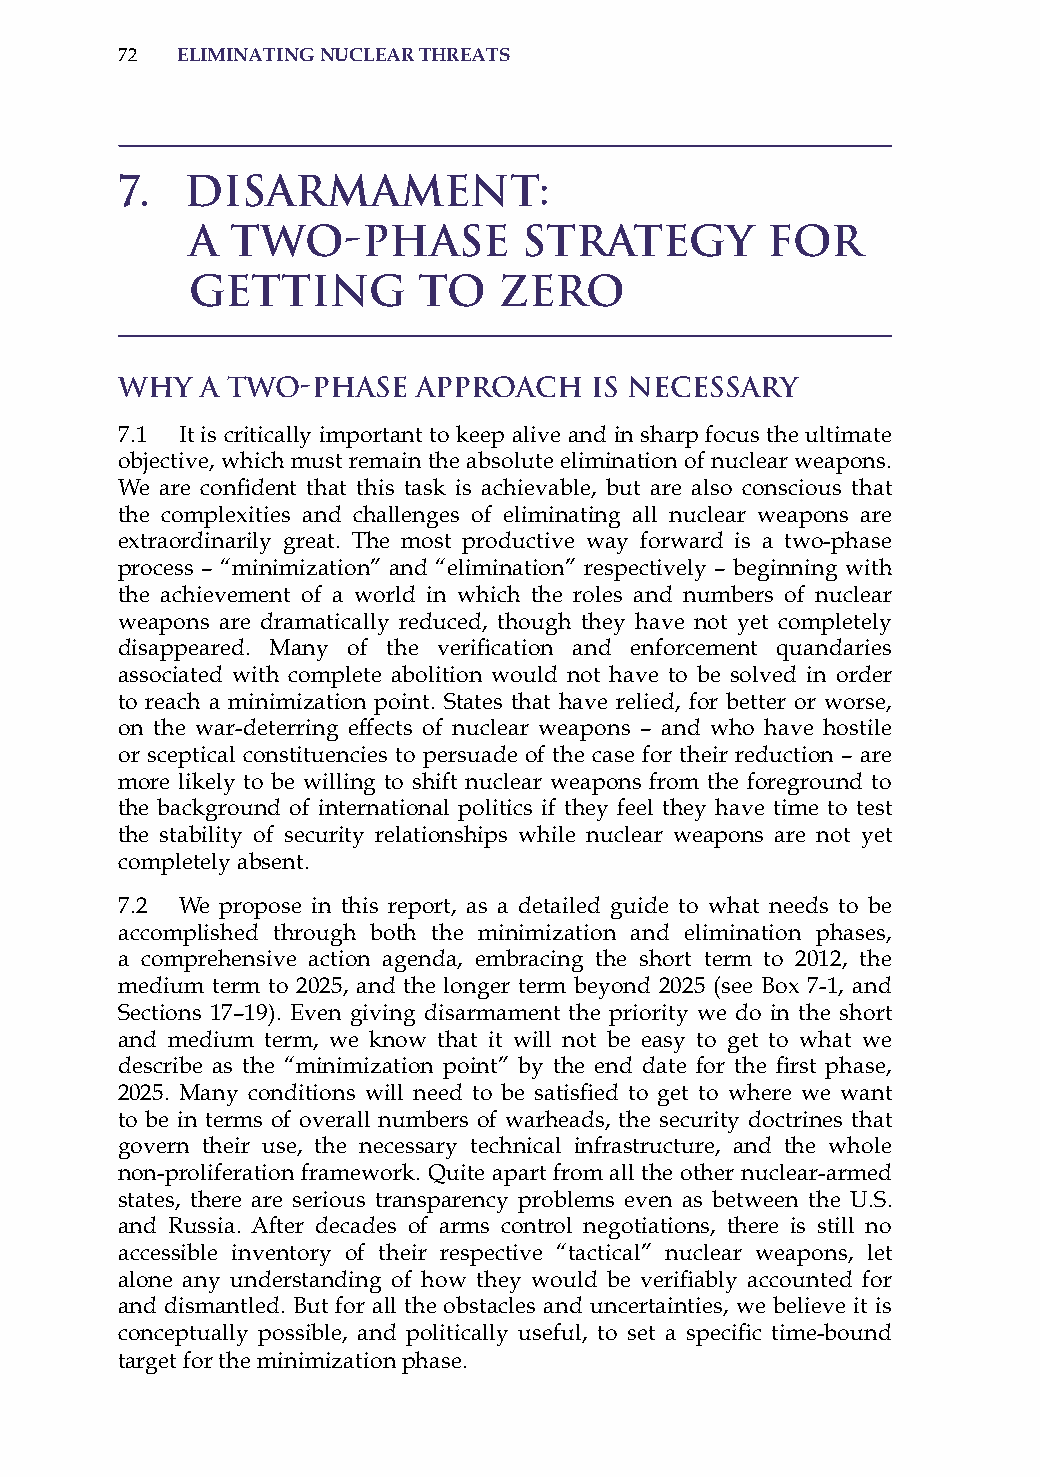
72  eliminatinG nuclear threats
 7.  Disarmament:
 A Two-Phase           Strategy        for
 Getting        to   Zero
 Why  a Two-Phase    Approach   is Necessary
 7.1 it is critically important to keep alive and in sharp focus the ultimate
 objective, which must remain the absolute elimination of nuclear weapons.
 We are confident that this task is achievable, but are also conscious that
 the complexities and challenges of eliminating all nuclear weapons are
 extraordinarily great. The most productive way forward is a two-phase
 process – “minimization” and “elimination” respectively – beginning with
 the achievement of a world in which the roles and numbers of nuclear
 weapons are dramatically reduced, though they have not yet completely
 disappeared. Many of the verification and enforcement quandaries
 associated with complete abolition would not have to be solved in order
 to reach a minimization point. states that have relied, for better or worse,
 on the war-deterring effects of nuclear weapons – and who have hostile
 or sceptical constituencies to persuade of the case for their reduction – are
 more likely to be willing to shift nuclear weapons from the foreground to
 the background of international politics if they feel they have time to test
 the stability of security relationships while nuclear weapons are not yet
 completely absent.
 7.2 We propose in this report, as a detailed guide to what needs to be
 accomplished through both the minimization and elimination phases,
 a comprehensive action agenda, embracing the short term to 2012, the
 medium term to 2025, and the longer term beyond 2025 (see Box 7-1, and
 sections 17–19). Even giving disarmament the priority we do in the short
 and medium term, we know that it will not be easy to get to what we
 describe as the “minimization point” by the end date for the first phase,
 2025. Many conditions will need to be satisfied to get to where we want
 to be in terms of overall numbers of warheads, the security doctrines that
 govern their use, the necessary technical infrastructure, and the whole
 non-proliferation framework. Quite apart from all the other nuclear-armed
 states, there are serious transparency problems even as between the U.s.
 and russia. after decades of arms control negotiations, there is still no
 accessible inventory of their respective “tactical” nuclear weapons, let
 alone any understanding of how they would be verifiably accounted for
 and dismantled. But for all the obstacles and uncertainties, we believe it is
 conceptually possible, and politically useful, to set a specific time-bound
 target for the minimization phase.